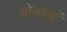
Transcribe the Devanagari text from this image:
योधाओं